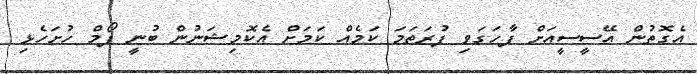
އެގޮތުން އޭސީސީއަށް ފާހަގަވި ފުރަތަމަ ކަމެއް ކަމަށް އެކޮމިޝަނުން ބުނީ ފޯމް ހުށަހެޅި